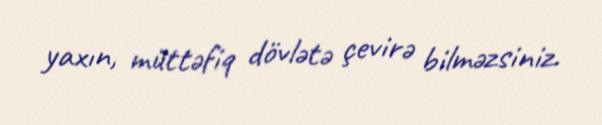
yaxın, müttəfiq dövlətə çevirə bilməzsiniz.